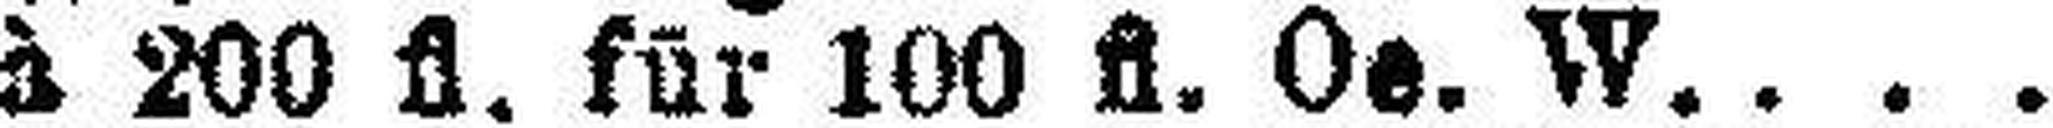
à 200 fl. für 100 fl. Oe. W.